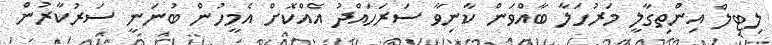
ލިޓިލް އިންތިގާލީ މަރުހަލާ ބާއްވަން ކާނިވާ ސަރަހައްދު އެއްކޮށް އެމީހުން ބުނަނީ ސަރުކާރުން